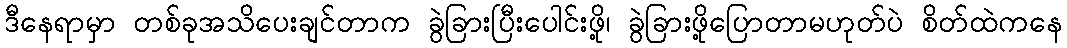
ဒီနေရာမှာ တစ်ခုအသိပေးချင်တာက ခွဲခြားပြီးပေါင်းဖို့၊ ခွဲခြားဖို့ပြောတာမဟုတ်ပဲ စိတ်ထဲကနေ